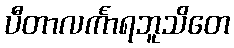
ပီတာလင်္ကာရဘူသိတေ